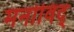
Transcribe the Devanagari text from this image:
मनोविद्